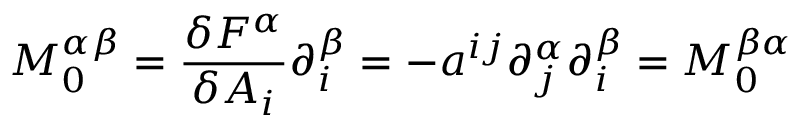
M _ { 0 } ^ { \alpha \beta } = \frac { \delta F ^ { \alpha } } { \delta A _ { i } } \partial _ { i } ^ { \beta } = - a ^ { i j } \partial _ { j } ^ { \alpha } \partial _ { i } ^ { \beta } = M _ { 0 } ^ { \beta \alpha }